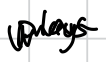
Text: plays
Cross-out: mix
Writing tool: digital_black